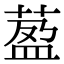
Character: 萾